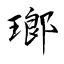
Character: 瑯